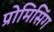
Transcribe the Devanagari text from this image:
प्रोमिसिंग